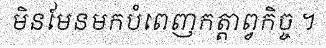
មិនមែនមកបំពេញកត្តាព្វកិច្ច ។